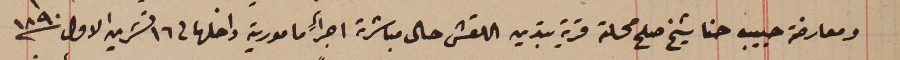
ومعارضة حبيب حنا شيخ صلح محلة قرية بتدين اللقش حال مباشرة اجراءِ مامورية داخلها فى ١٦ تشرين الاول سنة ١٨٩٠